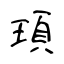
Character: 頊